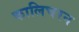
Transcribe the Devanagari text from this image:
कालिचरन